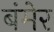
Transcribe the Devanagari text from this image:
बंमेर